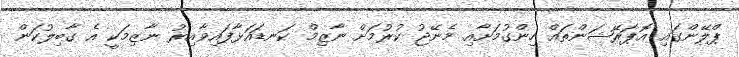
ޕްލޭންގައި އޮޕަރޭޝަންތައް ހިންގުމަށާއި މެނޭޖު ކުރުމަށް ނާޒިމް ކަނޑައަޅާފައިވާއިރު ނާޒިމަކީ އެ ގާބިލުކަން